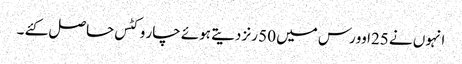
انہوں نے 25اوورس میں 50 رنز دیتے ہوئے چار وکٹس حاصل کئے ۔